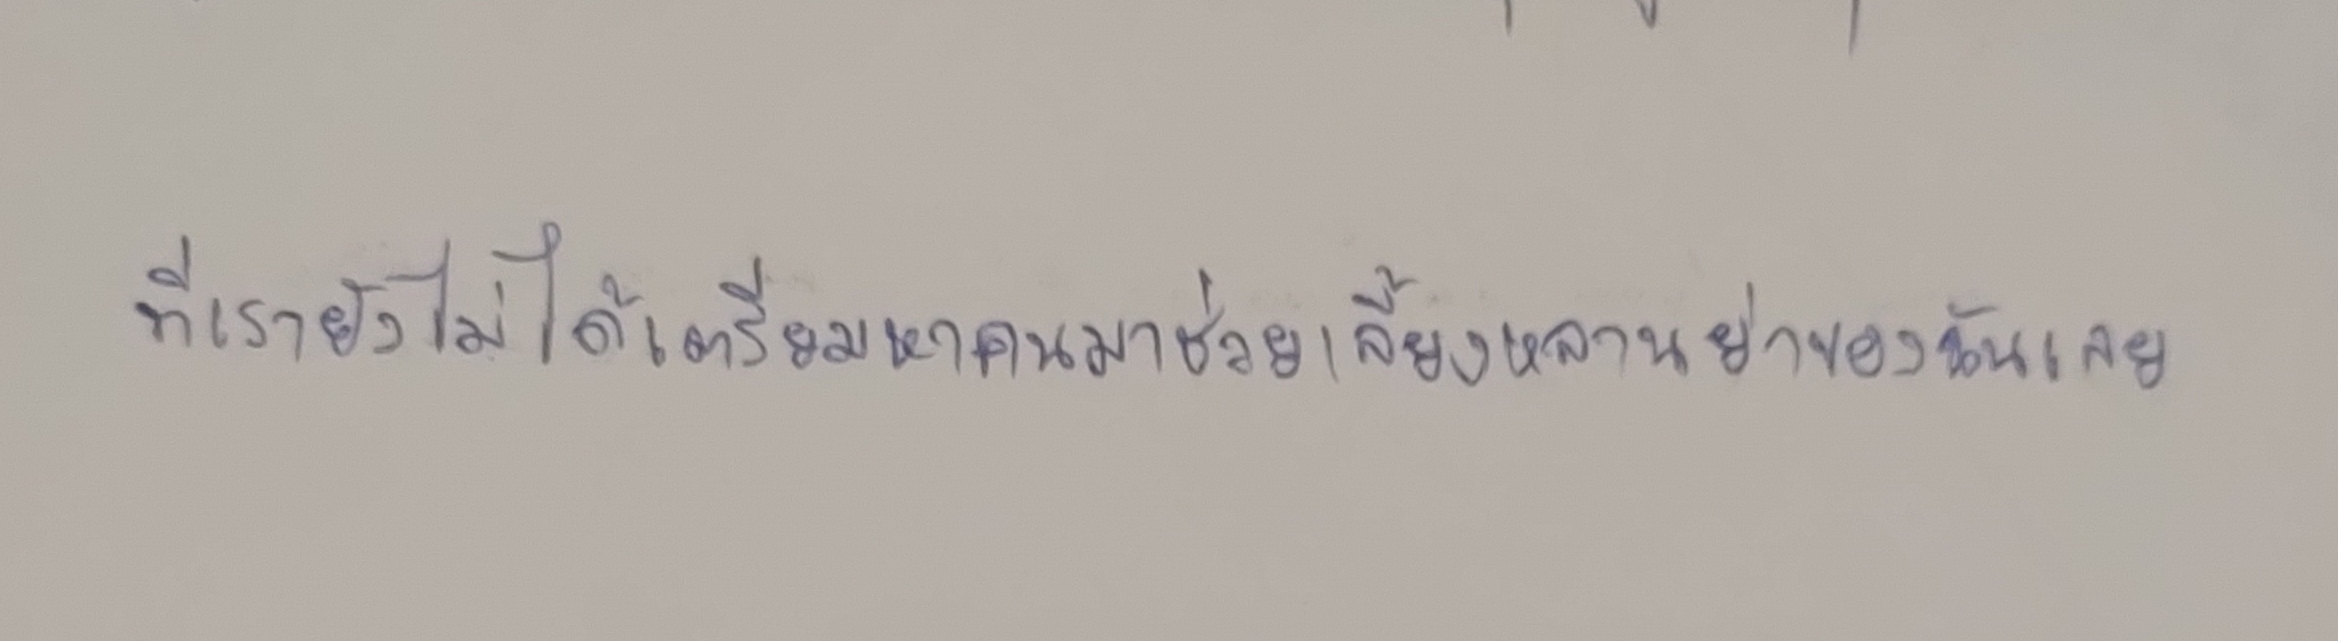
ที่เรายังไม่ได้เตรียมหาคนมาช่วยเลี้ยงหลานย่าของฉันเลย